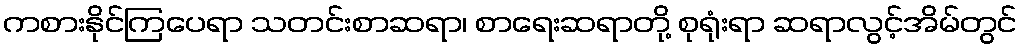
ကစားနိုင်ကြပေရာ သတင်းစာဆရာ၊ စာရေးဆရာတို့ စုရုံးရာ ဆရာလွင့်အိမ်တွင်